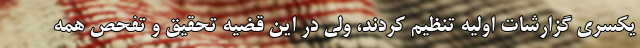
یکسری گزارشات اولیه تنظیم کردند، ولی در این قضیه تحقیق و تفحص همه